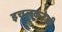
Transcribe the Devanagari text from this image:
इचलकर्ंजी